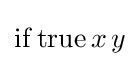
\mathrm {if} \,\mathrm {true} \,x\,y